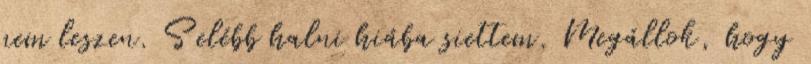
nem leszen. S elébb halni hiába siettem. Megállok, hogy